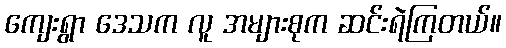
ကျေးရွာ ဒေသက လူ အများစုက ဆင်းရဲကြတယ်။